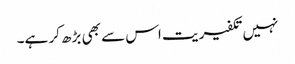
نہیں تکفیریت اس سے بھی بڑھ کر ہے۔